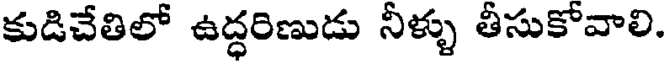
కుడిచేతిలో ఉద్ధరిణుడు నీళ్ళు తీసుకోవాలి.